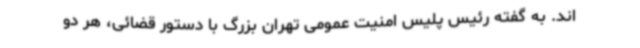
اند. به گفته رئیس پلیس امنیت عمومی تهران بزرگ با دستور قضائی، هر دو